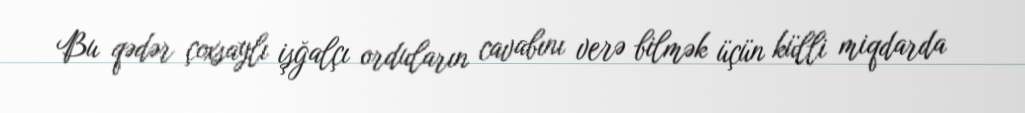
Bu qədər çoxsaylı işğalçı orduların cavabını verə bilmək üçün külli miqdarda